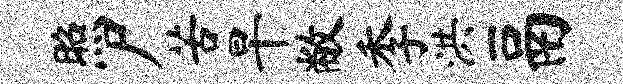
照尸苦旱敝季洪鬲